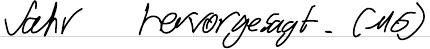
Jahr hervorgesagt. (M5)